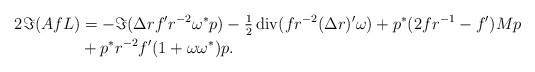
\begin{align*}2\Im(AfL) &= - \Im(\Delta r f' r^{-2} \omega^* p) - \tfrac{1}{2}\operatorname{div}(f r^{-2}(\Delta r)' \omega) + p^* (2f r^{-1}-f') M p\\&+ p^* r^{-2} f' (1+\omega\omega^*) p.\end{align*}